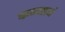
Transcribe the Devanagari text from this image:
कन्यायं